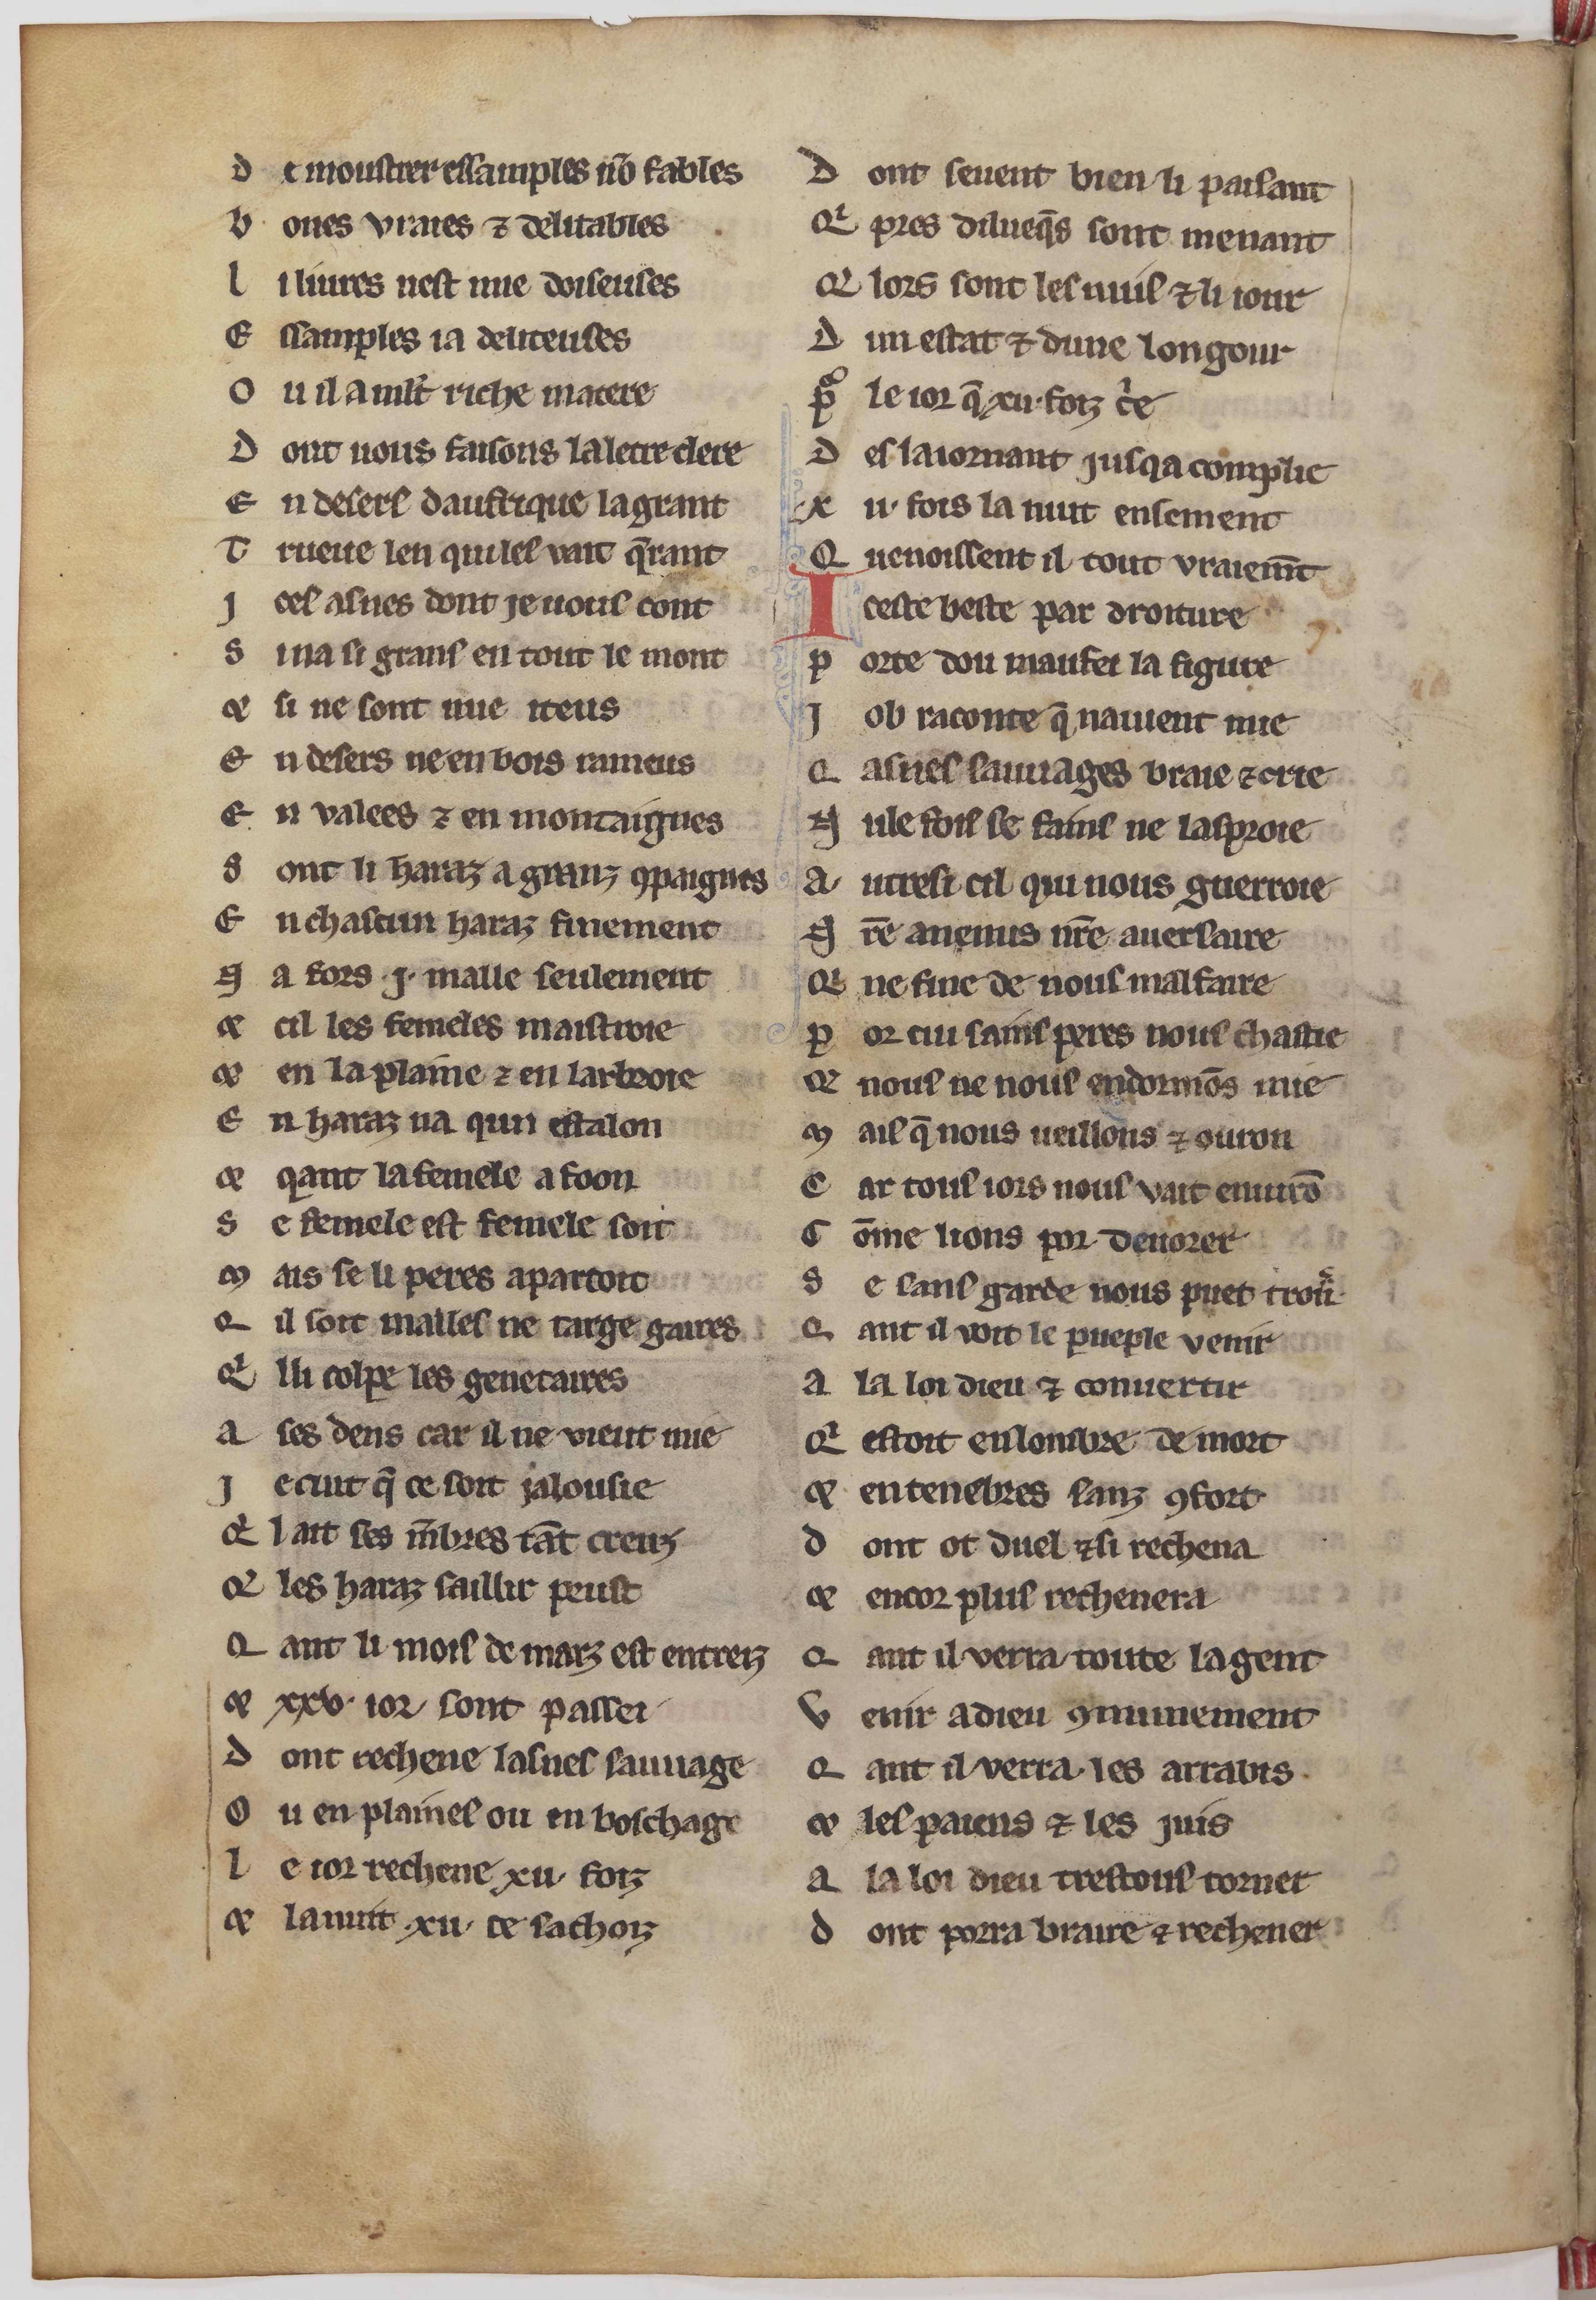
Shelfmark: Paris, BnF, fr. 24428
Century: 13